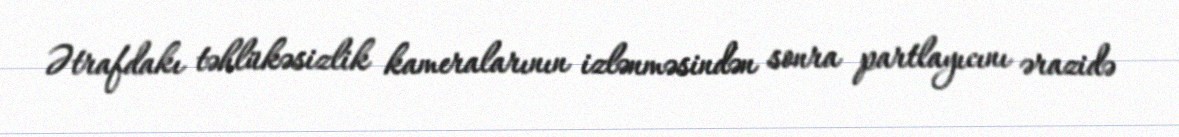
Ətrafdakı təhlükəsizlik kameralarının izlənməsindən sonra partlayıcını ərazidə